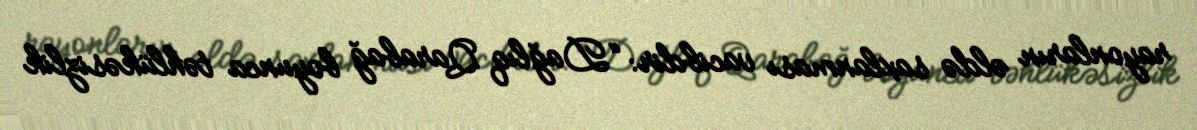
rayonların əldə saxlanması vacibdir: “Dağlıq Qarabağ boyunca təhlükəsizlik